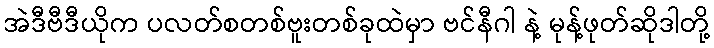
အဲဒီဗီဒီယိုက ပလတ်စတစ်ဗူးတစ်ခုထဲမှာ ဗင်နီဂါ နဲ့ မုန့်ဖုတ်ဆိုဒါတို့